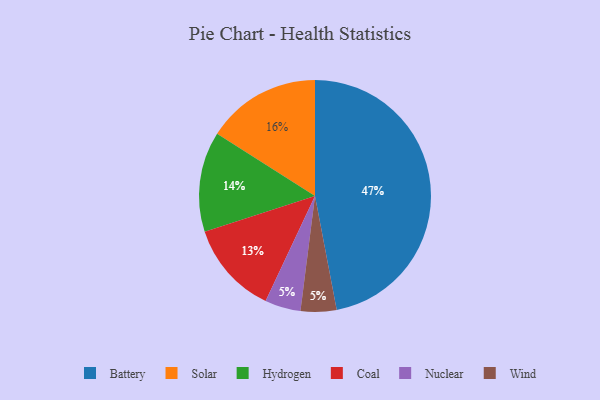
{"axis": {"x": "Category", "y": "Percentage"}, "legend": ["Battery", "Coal", "Hydrogen", "Nuclear", "Solar", "Wind"], "data": [{"x": "Coal", "y": 13, "type": "Coal"}, {"x": "Nuclear", "y": 5, "type": "Nuclear"}, {"x": "Battery", "y": 47, "type": "Battery"}, {"x": "Wind", "y": 5, "type": "Wind"}, {"x": "Hydrogen", "y": 14, "type": "Hydrogen"}, {"x": "Solar", "y": 16, "type": "Solar"}]}